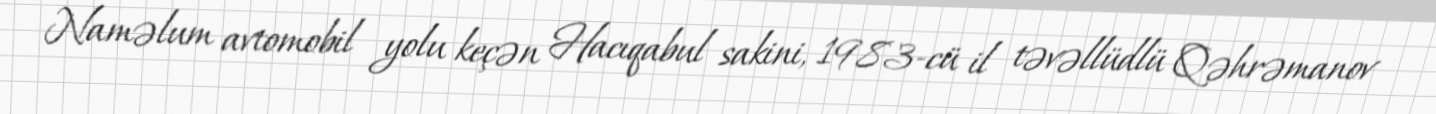
Naməlum avtomobil yolu keçən Hacıqabul sakini, 1983-cü il təvəllüdlü Qəhrəmanov